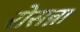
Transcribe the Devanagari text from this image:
रोसन्ना